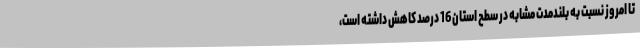
تا امروز نسبت به بلندمدت مشابه در سطح استان 16 درصد کاهش داشته است،